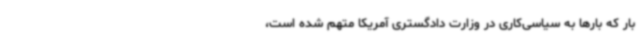
بار که بارها به سیاسی‌کاری در وزارت دادگستری آمریکا متهم شده است،